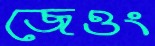
জেওং